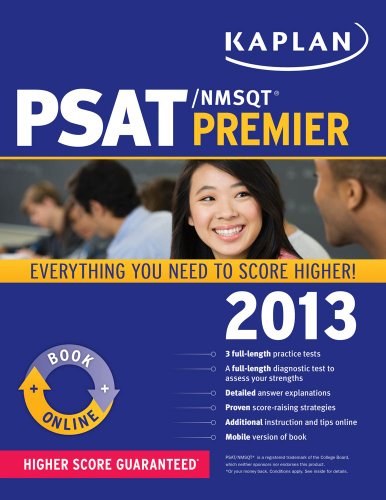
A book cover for Kaplan PSAT/NMSQT Premier 2013; Kaplan; Test Preparation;